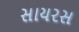
સાયરસ